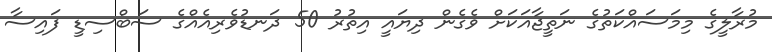
މުރާލީގެ މިމަސައްކަތުގެ ނަތީޖާއަކަށް ވެގެން ދިޔައީ އިތުރު 50 ދަނޑުވެރިއެއްގެ ސަބްސިޑީ ފައިސާ